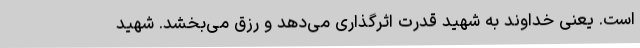
است. یعنی خداوند به شهید قدرت اثرگذاری می‌دهد و رزق می‌بخشد. شهید